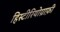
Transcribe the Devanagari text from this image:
हिस्टीरियोग्राफ़ी